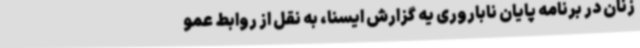
زنان در برنامه پایان ناباروری یه گزارش ایسنا، به نقل از روابط عمو